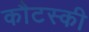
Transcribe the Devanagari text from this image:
कौटस्की